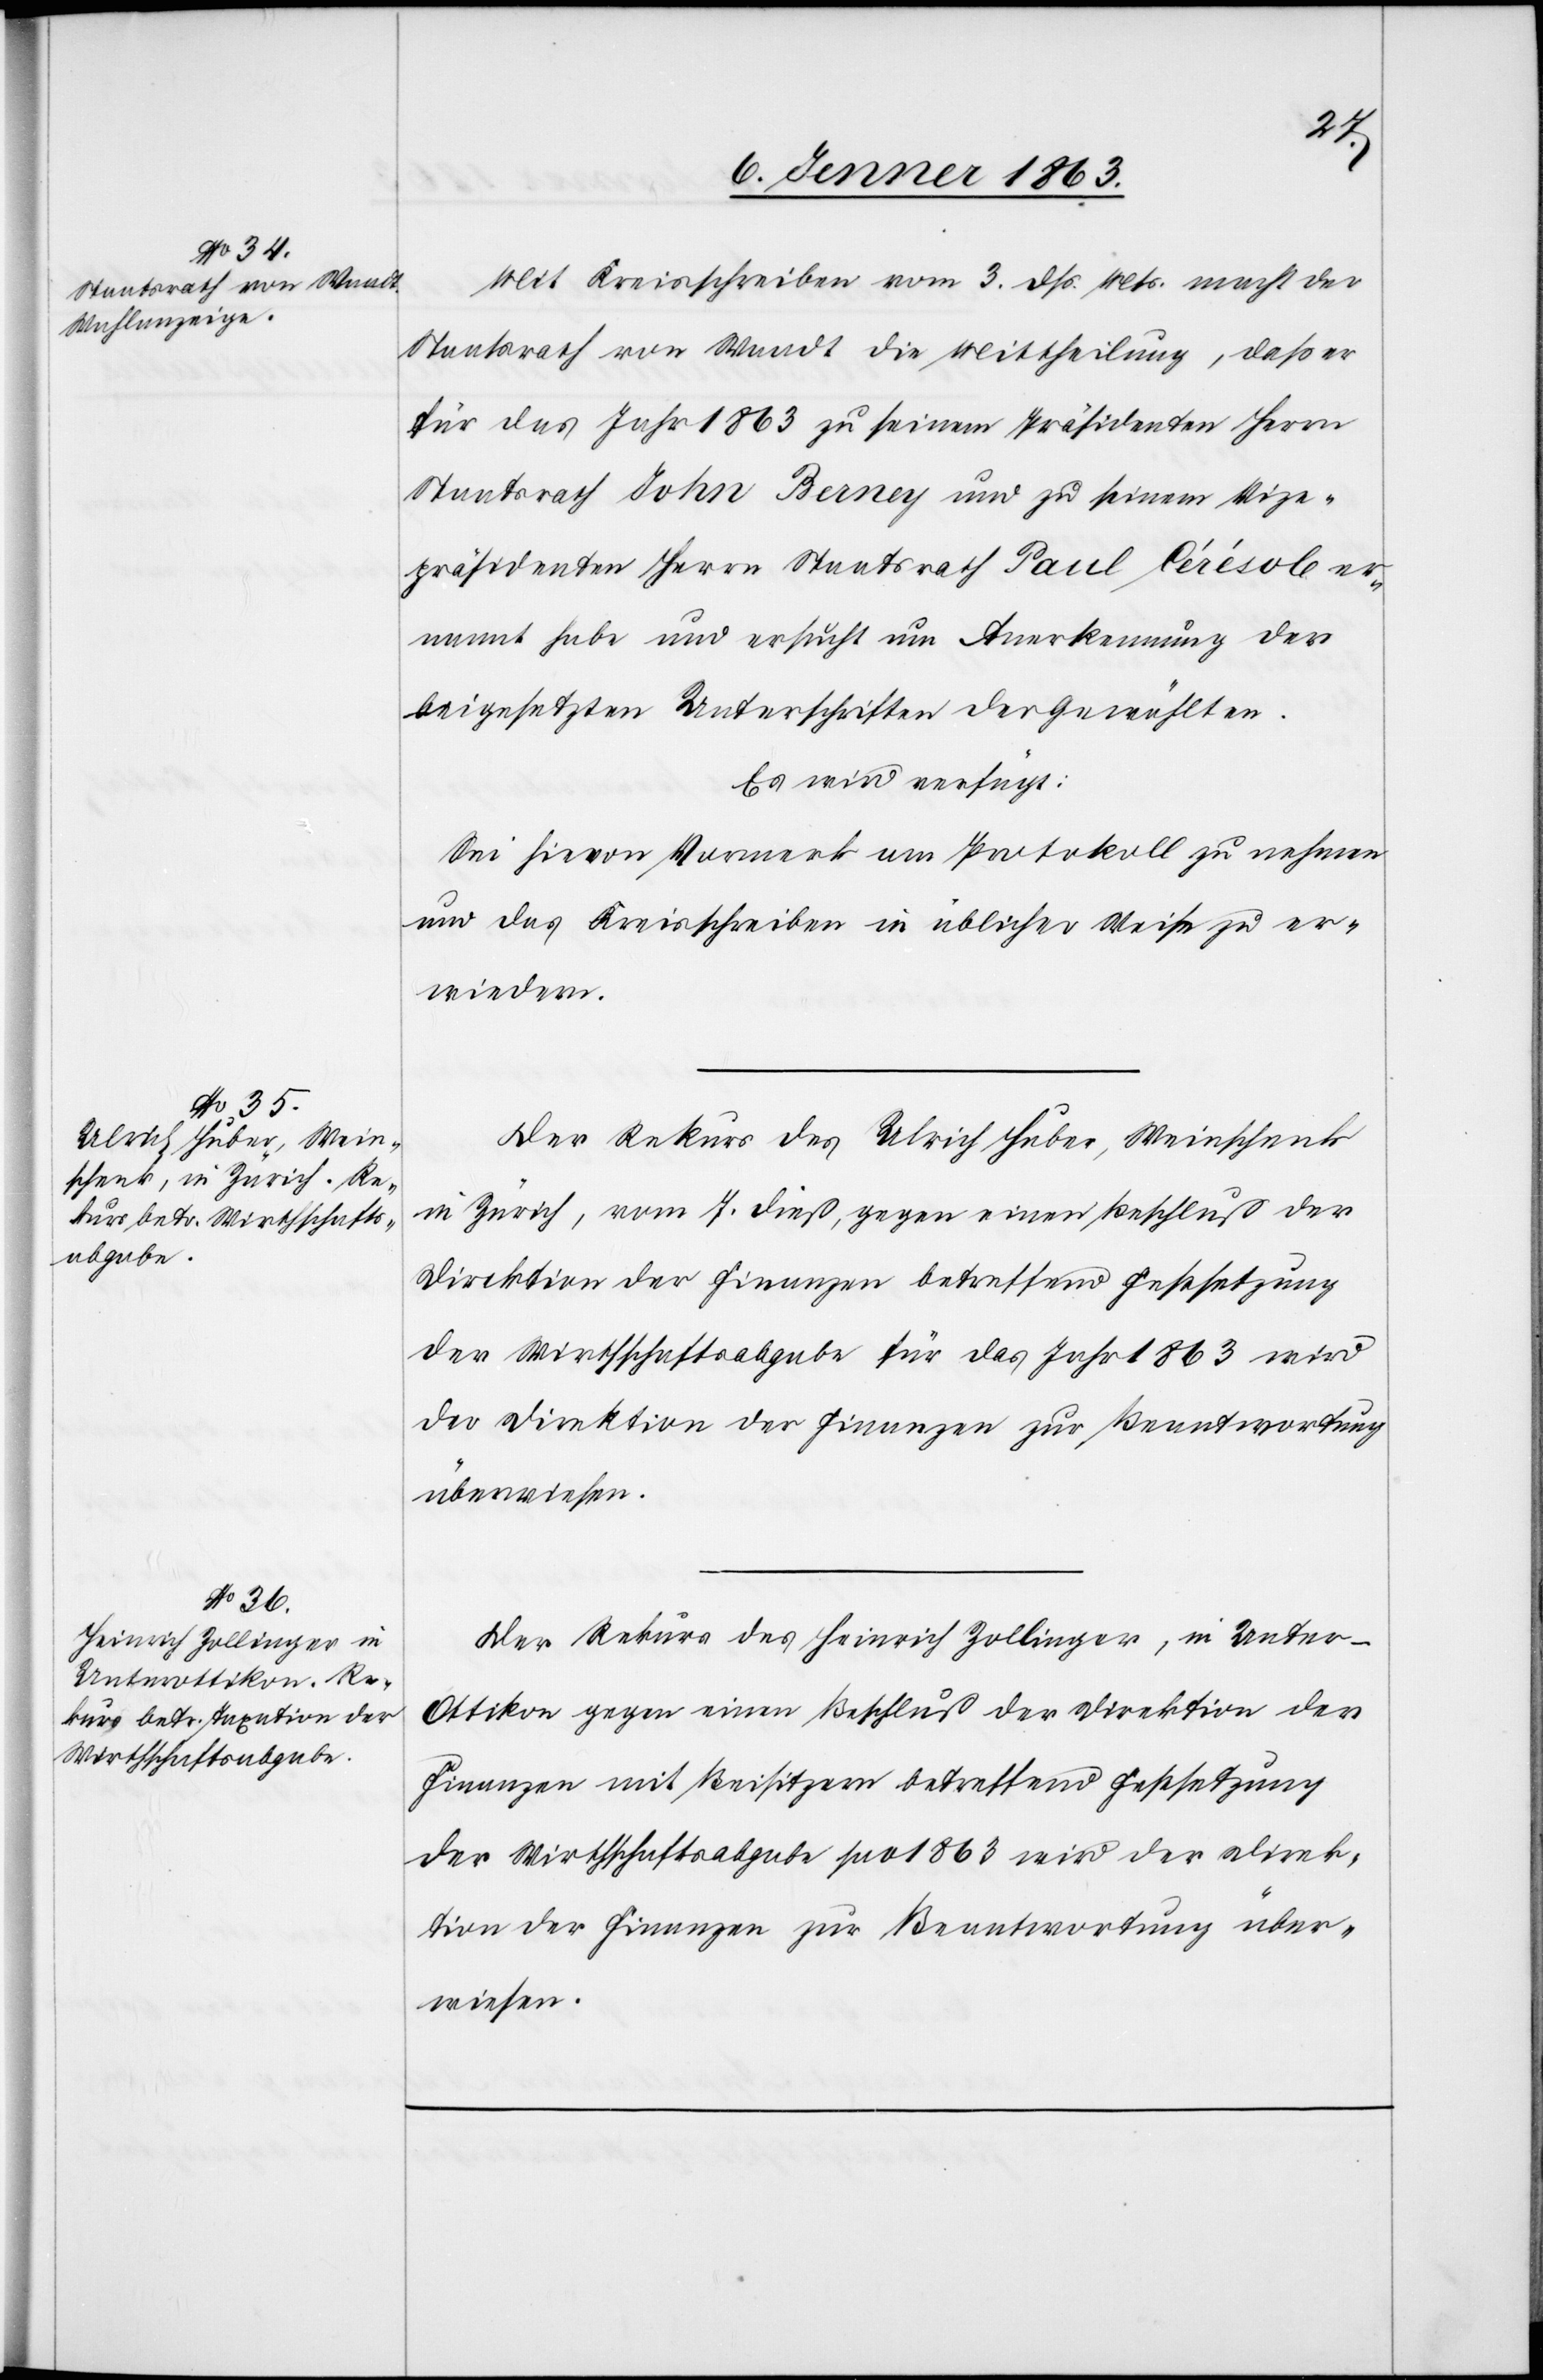
9. Jenner 1863.]
Mit Kreisschreiben vom 3. dß. Mts. macht der
Staatsrath von Waadt die Mittheilung, daß er
für das Jahr 1863 zu seinem Präsidenten Herrn
Staatsrath John Berney und zu seinem Vize¬
präsidenten Herrn Staatsrath Paul Cérésole er¬
nannt habe und ersucht um Anerkennung der
beigesetzten Unterschriften der Gewählten.
Es wird verfügt:
Sei hievon Vormerk am Protokoll zu nehmen
und das Kreisschreiben in üblicher Weise zu er¬
wiedern.
Der Rekurs des Ulrich Huber, Weinschenk
in Zürich, vom 7. dieß gegen einen Beschluß der
Direktion der Finanzen betreffend Festsetzung
der Wirtschaftsabgabe für das Jahr 1863 wird
der Direktion der Finanzen zur Beantwortung
überwiesen.
Der Rekurs des Heinrich Zollinger, in Unter-O¬
ttikon gegen einen Beschluß der Direktion der
Finanzen mit Beisitzern betreffend Festsetzung
der Wirthschaftsabgabe pro 1863 wird der Direk¬
tion der Finanzen zur Beantwortung über¬
wiesen.